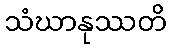
သံဃာနုဿတိ